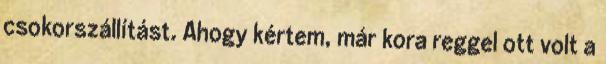
csokorszállítást. Ahogy kértem, már kora reggel ott volt a